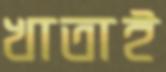
খাতাই